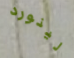
لينورد